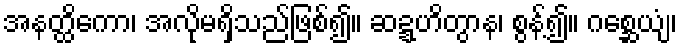
အနတ္ထိကော၊ အလိုမရှိသည်ဖြစ်၍။ ဆဍ္ဍဟိတွာန၊ စွန့်၍။ ဂစ္ဆေယျံ၊